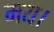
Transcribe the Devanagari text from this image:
मय।